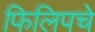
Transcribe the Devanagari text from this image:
फिलिपचे